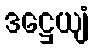
ဒဋ္ဌေယျံ